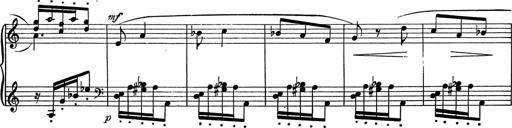
Title: 3Ã¨me Sonatine
Composer: Raffaele d' Alessandro